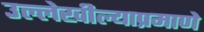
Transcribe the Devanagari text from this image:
उल्लेखील्याप्रमाणे